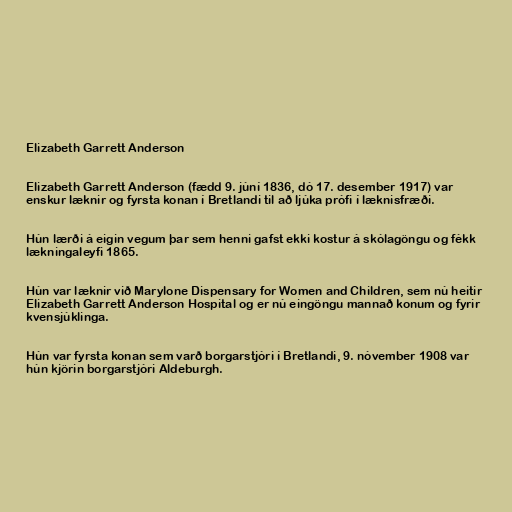
Elizabeth Garrett Anderson

Elizabeth Garrett Anderson (fædd 9. júní 1836, dó 17. desember 1917) var
enskur læknir og fyrsta konan í Bretlandi til að ljúka prófi í læknisfræði.

Hún lærði á eigin vegum þar sem henni gafst ekki kostur á skólagöngu og fékk
lækningaleyfi 1865.

Hún var læknir við Marylone Dispensary for Women and Children, sem nú heitir
Elizabeth Garrett Anderson Hospital og er nú eingöngu mannað konum og fyrir
kvensjúklinga.

Hún var fyrsta konan sem varð borgarstjóri í Bretlandi, 9. nóvember 1908 var
hún kjörin borgarstjóri Aldeburgh.